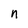
Character: n